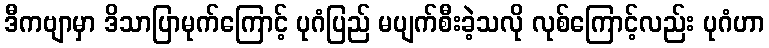
ဒီကဗျာမှာ ဒိသာပြာမုက်ကြောင့် ပုဂံပြည် မပျက်စီးခဲ့သလို လုစ်ကြောင့်လည်း ပုဂံဟာ